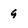
Character: 9